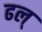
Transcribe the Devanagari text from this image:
ढल्